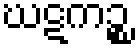
ဃဋကဉ္စ